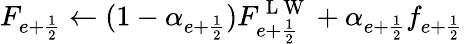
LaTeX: F_{{e+\frac{1}{2}}}\gets(1-\alpha_{{e+\frac{1}{2}}})F_{{e+\frac{1}{2}}}^{\mathrm{~L~W~}}+\alpha_{{e+\frac{1}{2}}}f_{{e+\frac{1}{2}}}